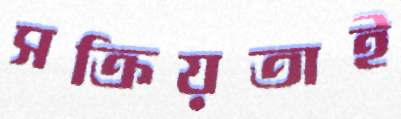
সক্রিয়তাই